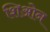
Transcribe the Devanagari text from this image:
शिओन